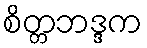
စိတ္တဘဒ္ဒက